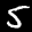
Label: 5